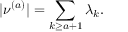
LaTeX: | \nu ^ { ( a ) } | = \sum _ { k \geq a + 1 } \lambda _ { k } .